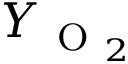
Y _ { \ensuremath { \mathrm { ~ O ~ } _ { 2 } } }